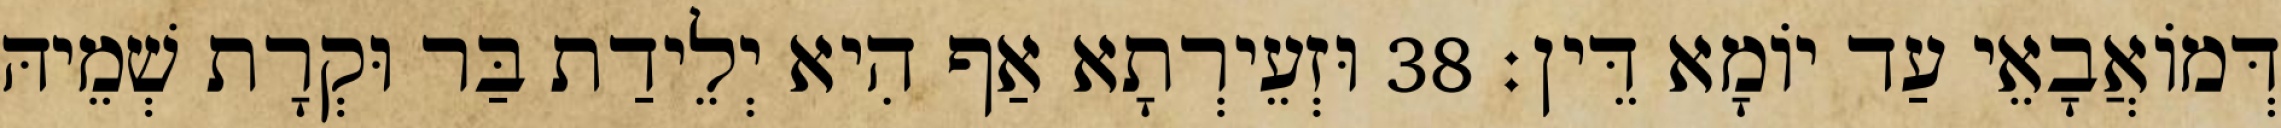
דְּמוֹאֲבָאֵי עַד יוֹמָא דֵּין׃ 38 וּזְעֵירְתָא אַף הִיא יְלֵידַת בַּר וּקְרָת שְׁמֵיהּ